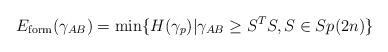
LaTeX: \begin{align*}E_{\mathrm{form}}(\gamma_{AB})=\min \{H(\gamma_p)| \gamma_{AB}\geq S^TS, S\in Sp(2n)\}\end{align*}